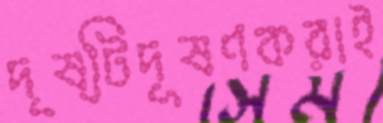
দৃষ্টিদূষণকরাই